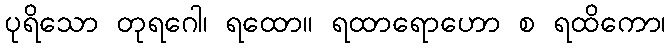
ပုရိသော တုရဂေါ၊ ရထော။ ရထာရောဟော စ ရထိကော၊